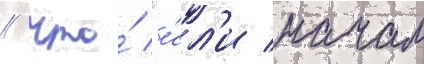
/ что́ "е́сл'и начал